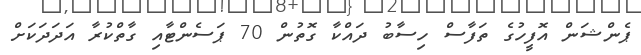
ޕެންޝަން އޮފީހުގެ ތަފާސް ހިސާބު ދައްކާ ގޮތުން 70 ޕަސެންޓާއި ގާތްކުރާ އަދަދަކަށް